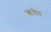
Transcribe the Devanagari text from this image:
ऋचेत